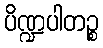
ပိဏ္ဍပါတဉ္စ